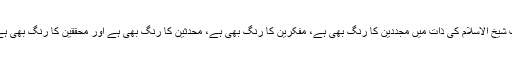
اب شیخ الاسلام کی ذات میں مجددین کا رنگ بھی ہے، مفکرین کا رنگ بھی ہے، محدثین کا رنگ بھی ہے اور محققین کا رنگ بھی ہے۔